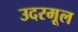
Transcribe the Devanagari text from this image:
उदरमूल